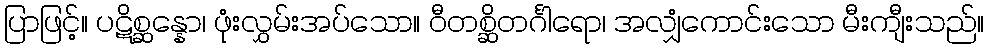
ပြာဖြင့်။ ပဋိစ္ဆန္နော၊ ဖုံးလွှမ်းအပ်သော။ ဝီတစ္ဆိတင်္ဂါရော၊ အလျှံကောင်းသော မီးကျီးသည်။